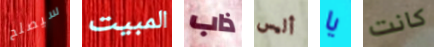
سيصلح المبيت ذاب أليس يا كانت